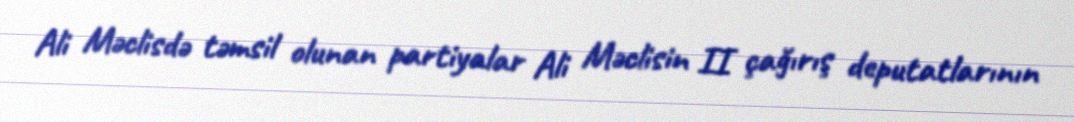
Ali Məclisdə təmsil olunan partiyalar Ali Məclisin II çağırış deputatlarının